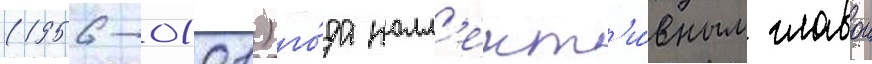
(1956-01-01) го́да колл'ект'и́вным главои